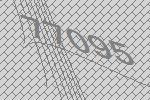
77095